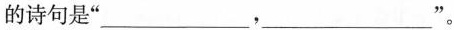
的诗句是”___，___”。